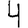
Digit: 4